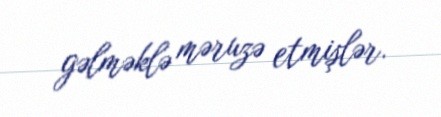
gəlməklə məruzə etmişlər.